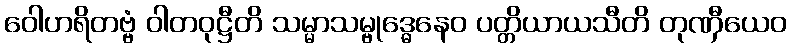
ဝေါဟရိတဗ္ဗံ ဝါတဝုဋ္ဌီတိ သမ္မာသမ္ဗုဒ္ဓေနေဝ ပတ္တိယာယသီတိ တုဏှီယေဝ